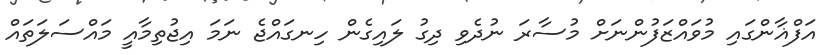
އަފްޣާންގައި މުވައްޒަފުންނަށް މުސާރަ ނުދެވި ދިގު ލައިގެން ހިނގައްޖެ ނަމަ އިޖުތިމާއީ މައްސަލަތައް